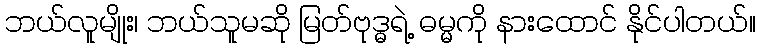
ဘယ်လူမျိုး၊ ဘယ်သူမဆို မြတ်ဗုဒ္ဓရဲ့ ဓမ္မကို နားထောင် နိုင်ပါတယ်။